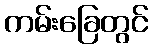
ကမ်းခြေတွင်